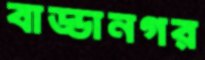
বাড্ডানগর